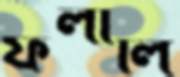
ফলালি